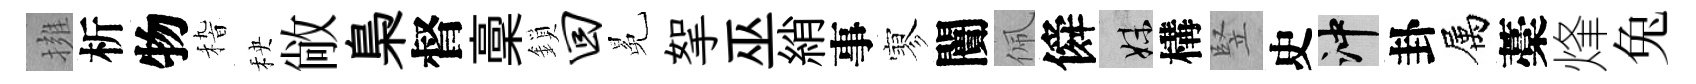
擁析物𥟵秧敞梟督稾鎖回冕挐巫綃事寥闠佩僢妹構竪史冲卦属藁烽兔